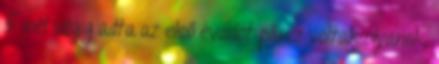
5-nél végig adta az első évadot plusz voltak olyanok,